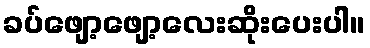
ခပ်ဖျော့ဖျော့လေးဆိုးပေးပါ။